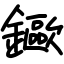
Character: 䥲